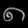
Digit: ၈